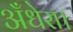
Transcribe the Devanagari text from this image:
अँधेरा।